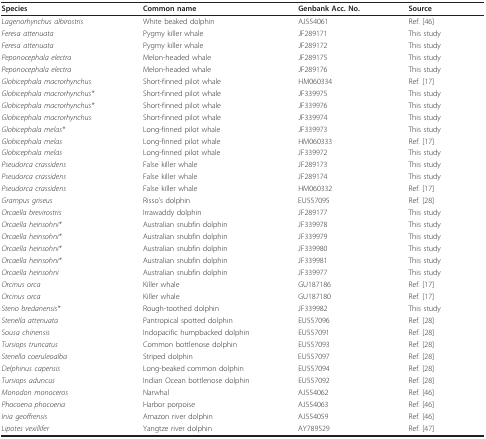
<table><thead><tr><td><b>Species</b></td><td><b>Common name</b></td><td><b>Genbank Acc. No.</b></td><td><b>Source</b></td></tr></thead><tbody><tr><td><i>Lagenorhynchus albirostris</i></td><td>White beaked dolphin</td><td>AJ554061</td><td>Ref. [46]</td></tr><tr><td><i>Feresa attenuata</i></td><td>Pygmy killer whale</td><td>JF289171</td><td>This study</td></tr><tr><td><i>Feresa attenuata</i></td><td>Pygmy killer whale</td><td>JF289172</td><td>This study</td></tr><tr><td><i>Peponocephala electra</i></td><td>Melon-headed whale</td><td>JF289175</td><td>This study</td></tr><tr><td><i>Peponocephala electra</i></td><td>Melon-headed whale</td><td>JF289176</td><td>This study</td></tr><tr><td><i>Globicephala macrorhynchus</i></td><td>Short-finned pilot whale</td><td>HM060334</td><td>Ref. [17]</td></tr><tr><td><i>Globicephala macrorhynchus*</i></td><td>Short-finned pilot whale</td><td>JF339975</td><td>This study</td></tr><tr><td><i>Globicephala macrorhynchus*</i></td><td>Short-finned pilot whale</td><td>JF339976</td><td>This study</td></tr><tr><td><i>Globicephala macrorhynchus</i></td><td>Short-finned pilot whale</td><td>JF339974</td><td>This study</td></tr><tr><td><i>Globicephala melas*</i></td><td>Long-finned pilot whale</td><td>JF339973</td><td>This study</td></tr><tr><td><i>Globicephala melas</i></td><td>Long-finned pilot whale</td><td>HM060333</td><td>Ref. [17]</td></tr><tr><td><i>Globicephala melas</i></td><td>Long-finned pilot whale</td><td>JF339972</td><td>This study</td></tr><tr><td><i>Pseudorca crassidens</i></td><td>False killer whale</td><td>JF289173</td><td>This study</td></tr><tr><td><i>Pseudorca crassidens</i></td><td>False killer whale</td><td>JF289174</td><td>This study</td></tr><tr><td><i>Pseudorca crassidens</i></td><td>False killer whale</td><td>HM060332</td><td>Ref. [17]</td></tr><tr><td><i>Grampus griseus</i></td><td>Risso&#x27;s dolphin</td><td>EU557095</td><td>Ref. [28]</td></tr><tr><td><i>Orcaella brevirostris</i></td><td>Irrawaddy dolphin</td><td>JF289177</td><td>This study</td></tr><tr><td><i>Orcaella heinsohni*</i></td><td>Australian snubfin dolphin</td><td>JF339978</td><td>This study</td></tr><tr><td><i>Orcaella heinsohni*</i></td><td>Australian snubfin dolphin</td><td>JF339979</td><td>This study</td></tr><tr><td><i>Orcaella heinsohni*</i></td><td>Australian snubfin dolphin</td><td>JF339980</td><td>This study</td></tr><tr><td><i>Orcaella heinsohni*</i></td><td>Australian snubfin dolphin</td><td>JF339981</td><td>This study</td></tr><tr><td><i>Orcaella heinsohni</i></td><td>Australian snubfin dolphin</td><td>JF339977</td><td>This study</td></tr><tr><td><i>Orcinus orca</i></td><td>Killer whale</td><td>GU187186</td><td>Ref. [17]</td></tr><tr><td><i>Orcinus orca</i></td><td>Killer whale</td><td>GU187180</td><td>Ref. [17]</td></tr><tr><td><i>Steno bredanensis*</i></td><td>Rough-toothed dolphin</td><td>JF339982</td><td>This study</td></tr><tr><td><i>Stenella attenuata</i></td><td>Pantropical spotted dolphin</td><td>EU557096</td><td>Ref. [28]</td></tr><tr><td><i>Sousa chinensis</i></td><td>Indopacific humpbacked dolphin</td><td>EU557091</td><td>Ref. [28]</td></tr><tr><td><i>Tursiops truncatus</i></td><td>Common bottlenose dolphin</td><td>EU557093</td><td>Ref. [28]</td></tr><tr><td><i>Stenella coeruleoalba</i></td><td>Striped dolphin</td><td>EU557097</td><td>Ref. [28]</td></tr><tr><td><i>Delphinus capensis</i></td><td>Long-beaked common dolphin</td><td>EU557094</td><td>Ref. [28]</td></tr><tr><td><i>Tursiops aduncus</i></td><td>Indian Ocean bottlenose dolphin</td><td>EU557092</td><td>Ref. [28]</td></tr><tr><td><i>Monodon monoceros</i></td><td>Narwhal</td><td>AJ554062</td><td>Ref. [46]</td></tr><tr><td><i>Phocoena phocoena</i></td><td>Harbor porpoise</td><td>AJ554063</td><td>Ref. [46]</td></tr><tr><td><i>Inia geoffrensis</i></td><td>Amazon river dolphin</td><td>AJ554059</td><td>Ref. [46]</td></tr><tr><td><i>Lipotes vexillifer</i></td><td>Yangtze river dolphin</td><td>AY789529</td><td>Ref. [47]</td></tr></tbody></table>